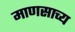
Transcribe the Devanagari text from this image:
माणसाच्य